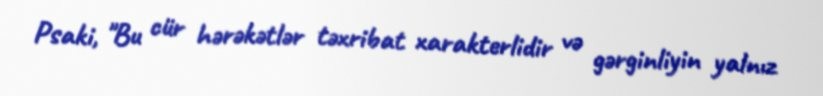
Psaki, "Bu cür hərəkətlər təxribat xarakterlidir və gərginliyin yalnız